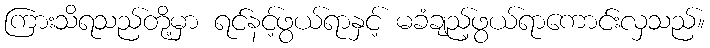
ကြားသိရသည်တို့မှာ ရင်နင့်ဖွယ်ရာနှင့် မခံချည့်ဖွယ်ရာကောင်းလှသည်။